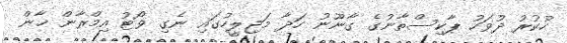
ހުކުރުު ދުވަހު ޕާކިސްތާނުގެ ގާނޫނު ހަދާ މަޖިލީހުގައި ނެގި ވޯޓު އިމްރާން ޚާން